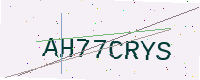
Text: AH77CRYS